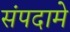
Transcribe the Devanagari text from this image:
संपदामे